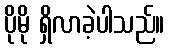
ပိုမို ရှိလာခဲ့ပါသည်။